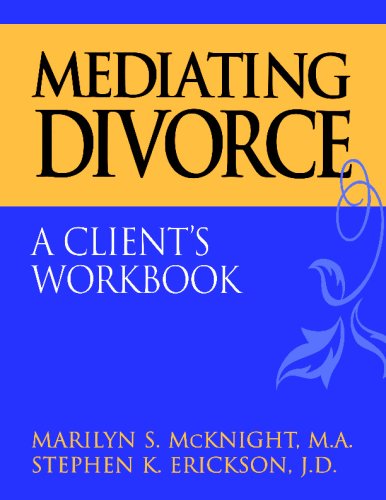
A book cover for Mediating Divorce: A Client's Workbook; Marilyn S. McKnight; Law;